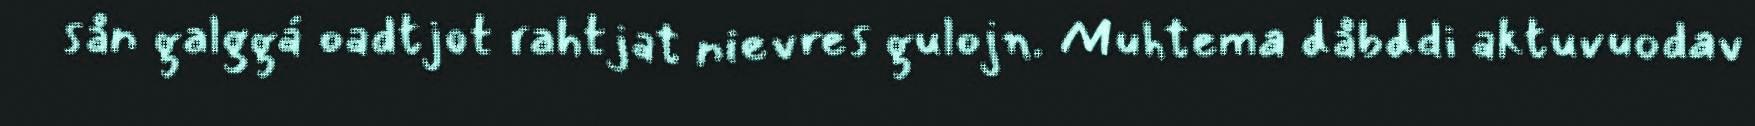
sån galggá oadtjot rahtjat nievres gulojn. Muhtema dåbddi aktuvuodav